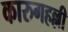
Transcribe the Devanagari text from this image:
कारुगहल्ली